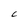
Character: 6